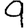
Digit: 9